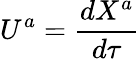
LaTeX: U^{a}={\frac{dX^{a}}{d\tau}}